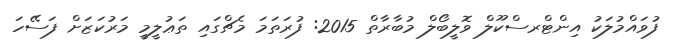
ފުވައްމުލަކު އިންޓްރސްކޫލް ވޮލީބޯލް މުބާރާތް 2015: ފުރަތަމަ މެޗްގައި ތަޢުލީމީ މަރުކަޒަށް ފަސޭހަ